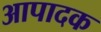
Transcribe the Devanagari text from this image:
आपादक